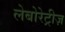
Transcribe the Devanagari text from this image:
लेबोरेट्रीज़